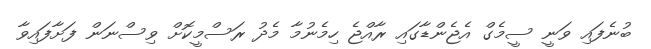
ބުނެފައި ވަނީ ސީމެގް އެޖެންޑާގައި ރާއްޖެ ހިމެނުމާ މެދު ރަސްމީކޮށް ވިސްނަން ފަށާފައިވާ